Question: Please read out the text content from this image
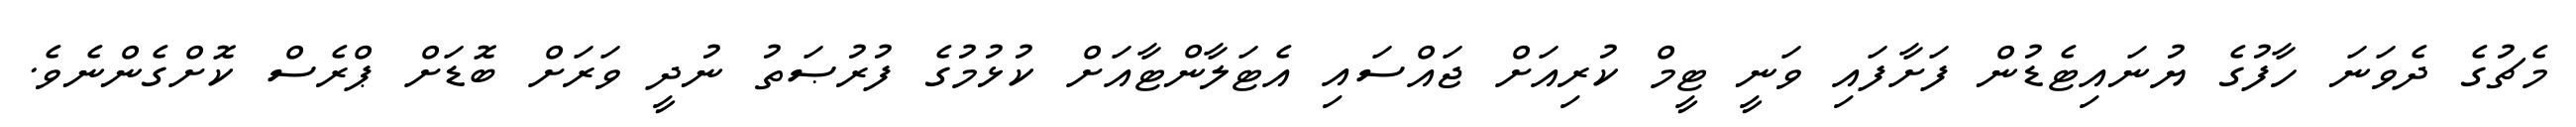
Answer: މެޗުގެ ދެވަނަ ހާފުގެ ޔުނައިޓެޑުން ފަށާފައި ވަނީ ޓީމް ކުރިއަށް ޖައްސައި އެޓަލާންޓާއަށް ކުޅުމުގެ ފުރުޞަތު ނުދީ ވަރަށް ބޮޑަށް ޕްރެސް ކޮށްގެންނެވެ.